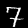
Label: 7